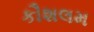
કૌશલમ